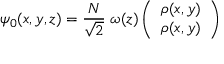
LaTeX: \psi _ { 0 } ( x , y , z ) = \frac { N } { \sqrt { 2 } } \; \omega ( z ) \left( \begin{array} { c c } { { \rho ( x , y ) } } \\ { { \rho ( x , y ) } } \end{array} \right)